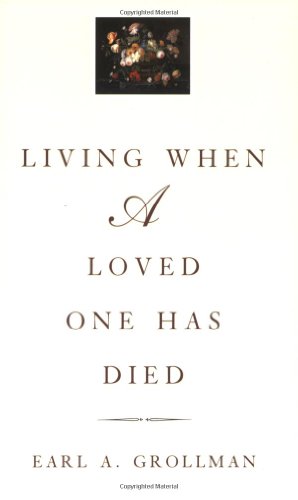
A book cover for Living When a Loved One Has Died: Revised Edition; Earl A. Grollman; Politics & Social Sciences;